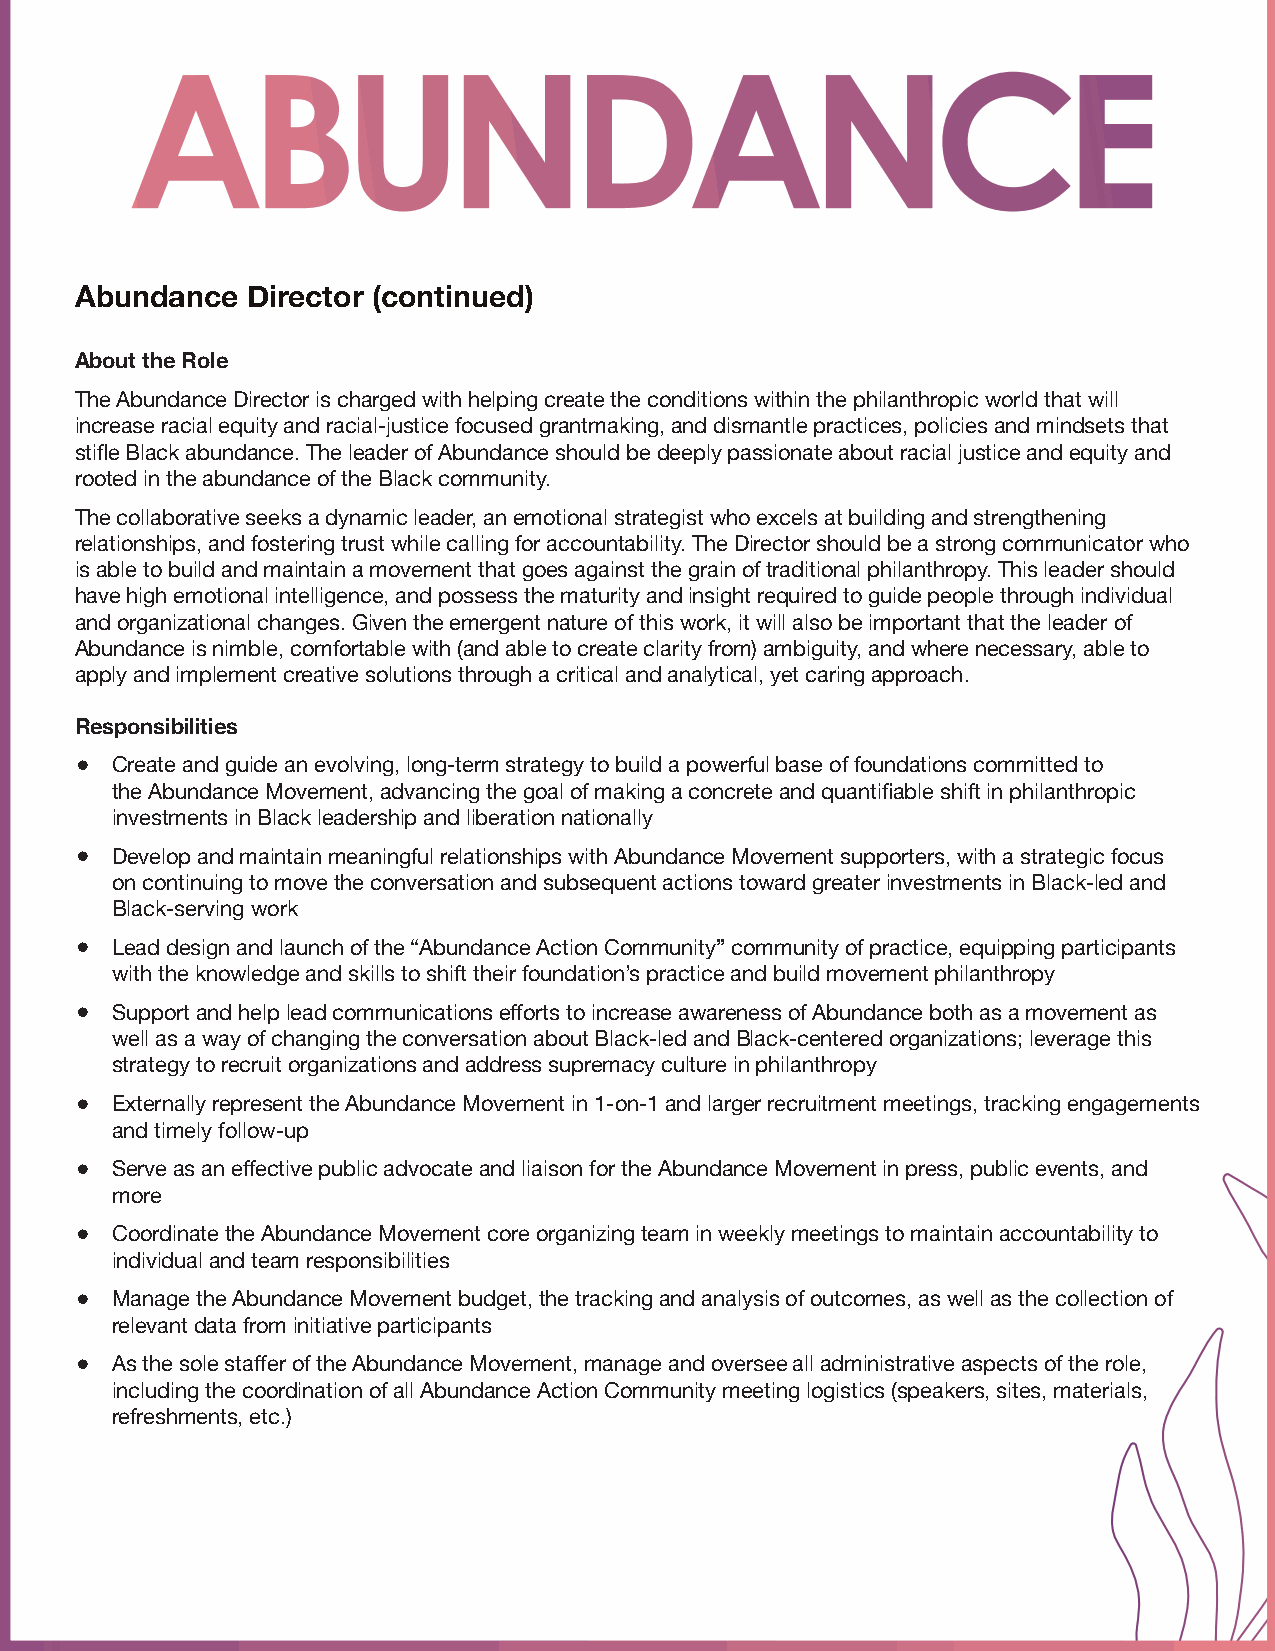
Abundance  Director (continued)
 About the Role
 The Abundance Director is charged with helping create the conditions within the philanthropic world that will
 increase racial equity and racial-justice focused grantmaking, and dismantle practices, policies and mindsets that
 stifle Black abundance. The leader of Abundance should be deeply passionate about racial justice and equity and
 rooted in the abundance of the Black community.
 The collaborative seeks a dynamic leader, an emotional strategist who excels at building and strengthening
 relationships, and fostering trust while calling for accountability. The Director should be a strong communicator who
 is able to build and maintain a movement that goes against the grain of traditional philanthropy. This leader should
 have high emotional intelligence, and possess the maturity and insight required to guide people through individual
 and organizational changes. Given the emergent nature of this work, it will also be important that the leader of
 Abundance is nimble, comfortable with (and able to create clarity from) ambiguity, and where necessary, able to
 apply and implement creative solutions through a critical and analytical, yet caring approach.
 Responsibilities
 • Create and guide an evolving, long-term strategy to build a powerful base of foundations committed to
 the Abundance Movement, advancing the goal of making a concrete and quantifiable shift in philanthropic
 investments in Black leadership and liberation nationally
 • Develop and maintain meaningful relationships with Abundance Movement supporters, with a strategic focus
 on continuing to move the conversation and subsequent actions toward greater investments in Black-led and
 Black-serving work
 • Lead design and launch of the “Abundance Action Community” community of practice, equipping participants
 with the knowledge and skills to shift their foundation’s practice and build movement philanthropy
 • Support and help lead communications efforts to increase awareness of Abundance both as a movement as
 well as a way of changing the conversation about Black-led and Black-centered organizations; leverage this
 strategy to recruit organizations and address supremacy culture in philanthropy
 • Externally represent the Abundance Movement in 1-on-1 and larger recruitment meetings, tracking engagements
 and timely follow-up
 • Serve as an effective public advocate and liaison for the Abundance Movement in press, public events, and
 more
 • Coordinate the Abundance Movement core organizing team in weekly meetings to maintain accountability to
 individual and team responsibilities
 • Manage the Abundance Movement budget, the tracking and analysis of outcomes, as well as the collection of
 relevant data from initiative participants
 • As the sole staffer of the Abundance Movement, manage and oversee all administrative aspects of the role,
 including the coordination of all Abundance Action Community meeting logistics (speakers, sites, materials,
 refreshments, etc.)